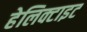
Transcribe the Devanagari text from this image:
हेलिक्टाइट